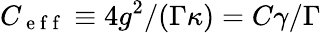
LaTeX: C_{\mathrm{~e~f~f~}}\equiv 4g^{2}/(\Gamma\kappa)=C\gamma/\Gamma